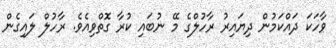
ވާހަކަ ދައްކަމުން ދިޔައިރު ރާހުލްގެ މޭ ނުބައި ކުރާ ގޮތްވިއެވެ. ރާހުލް ލައިގެން